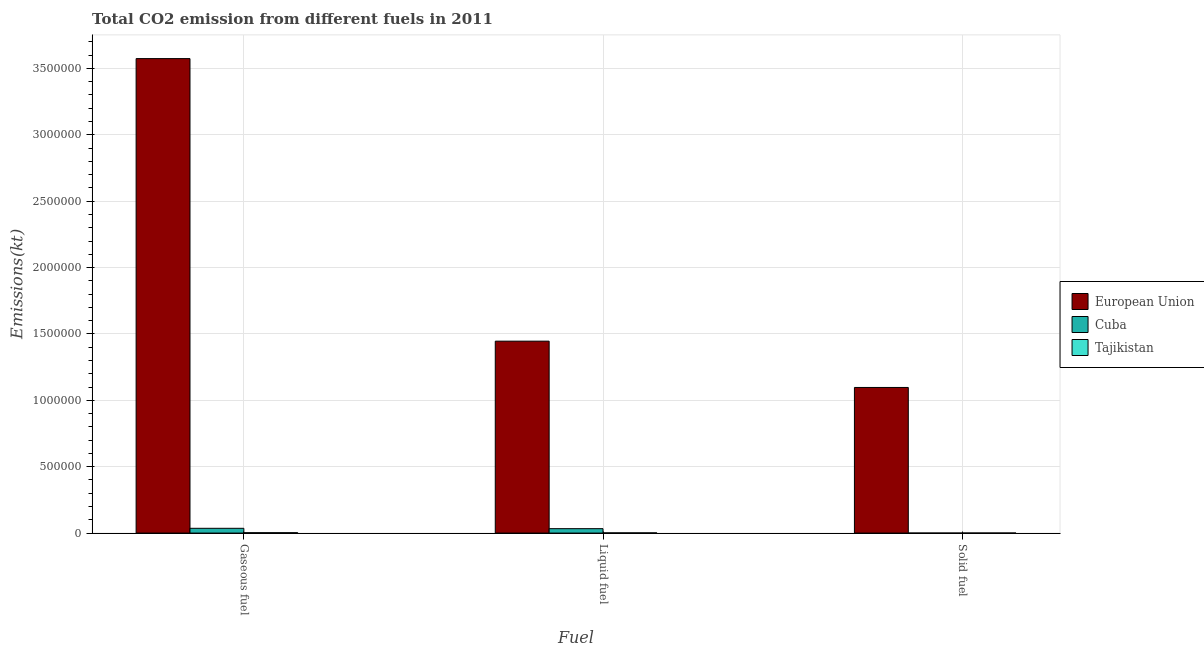
| Fuel | European Union | Cuba | Tajikistan |
 | --- | --- | --- | --- |
 | Gaseous fuel | 3.57e+06 | 3.59e+04 | 2.78e+03 |
 | Liquid fuel | 1.45e+06 | 3.31e+04 | 1.48e+03 |
 | Solid fuel | 1.1e+06 | 11 | 348 |